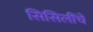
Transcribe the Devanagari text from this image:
सिसिलींचे